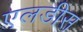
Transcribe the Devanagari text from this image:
एलडीस